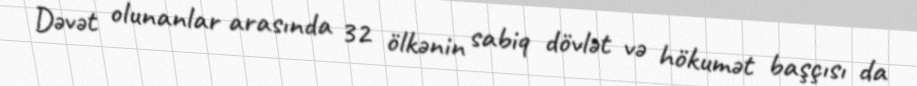
Dəvət olunanlar arasında 32 ölkənin sabiq dövlət və hökumət başçısı da